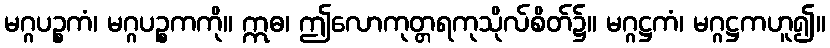
မဂ္ဂပဉ္စကံ၊ မဂ္ဂပဉ္စကကို။ ဣဓ၊ ဤလောကုတ္တရကုသိုလ်စိတ်၌။ မဂ္ဂဋ္ဌကံ၊ မဂ္ဂဋ္ဌကဟူ၍။